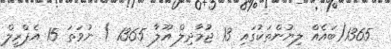
1365(ބައެއް ލިޔުންތަކުގައި 13 ޖުމާދިލް އޫލާ 1365 ) ނުވަތަ 15 އެޕްރީލް